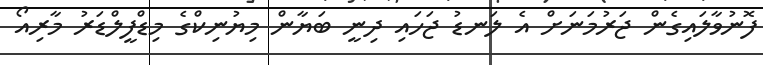
ފޮނުވާލައިގެން ޖަރުމަނަށް އެ ލަނޑު ޖަހައި ދިނީ ބަޔާން މިޔުނިކްގެ މިޑްފީލްޑަރު މާރިއޯ